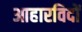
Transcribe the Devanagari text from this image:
आहारविदों